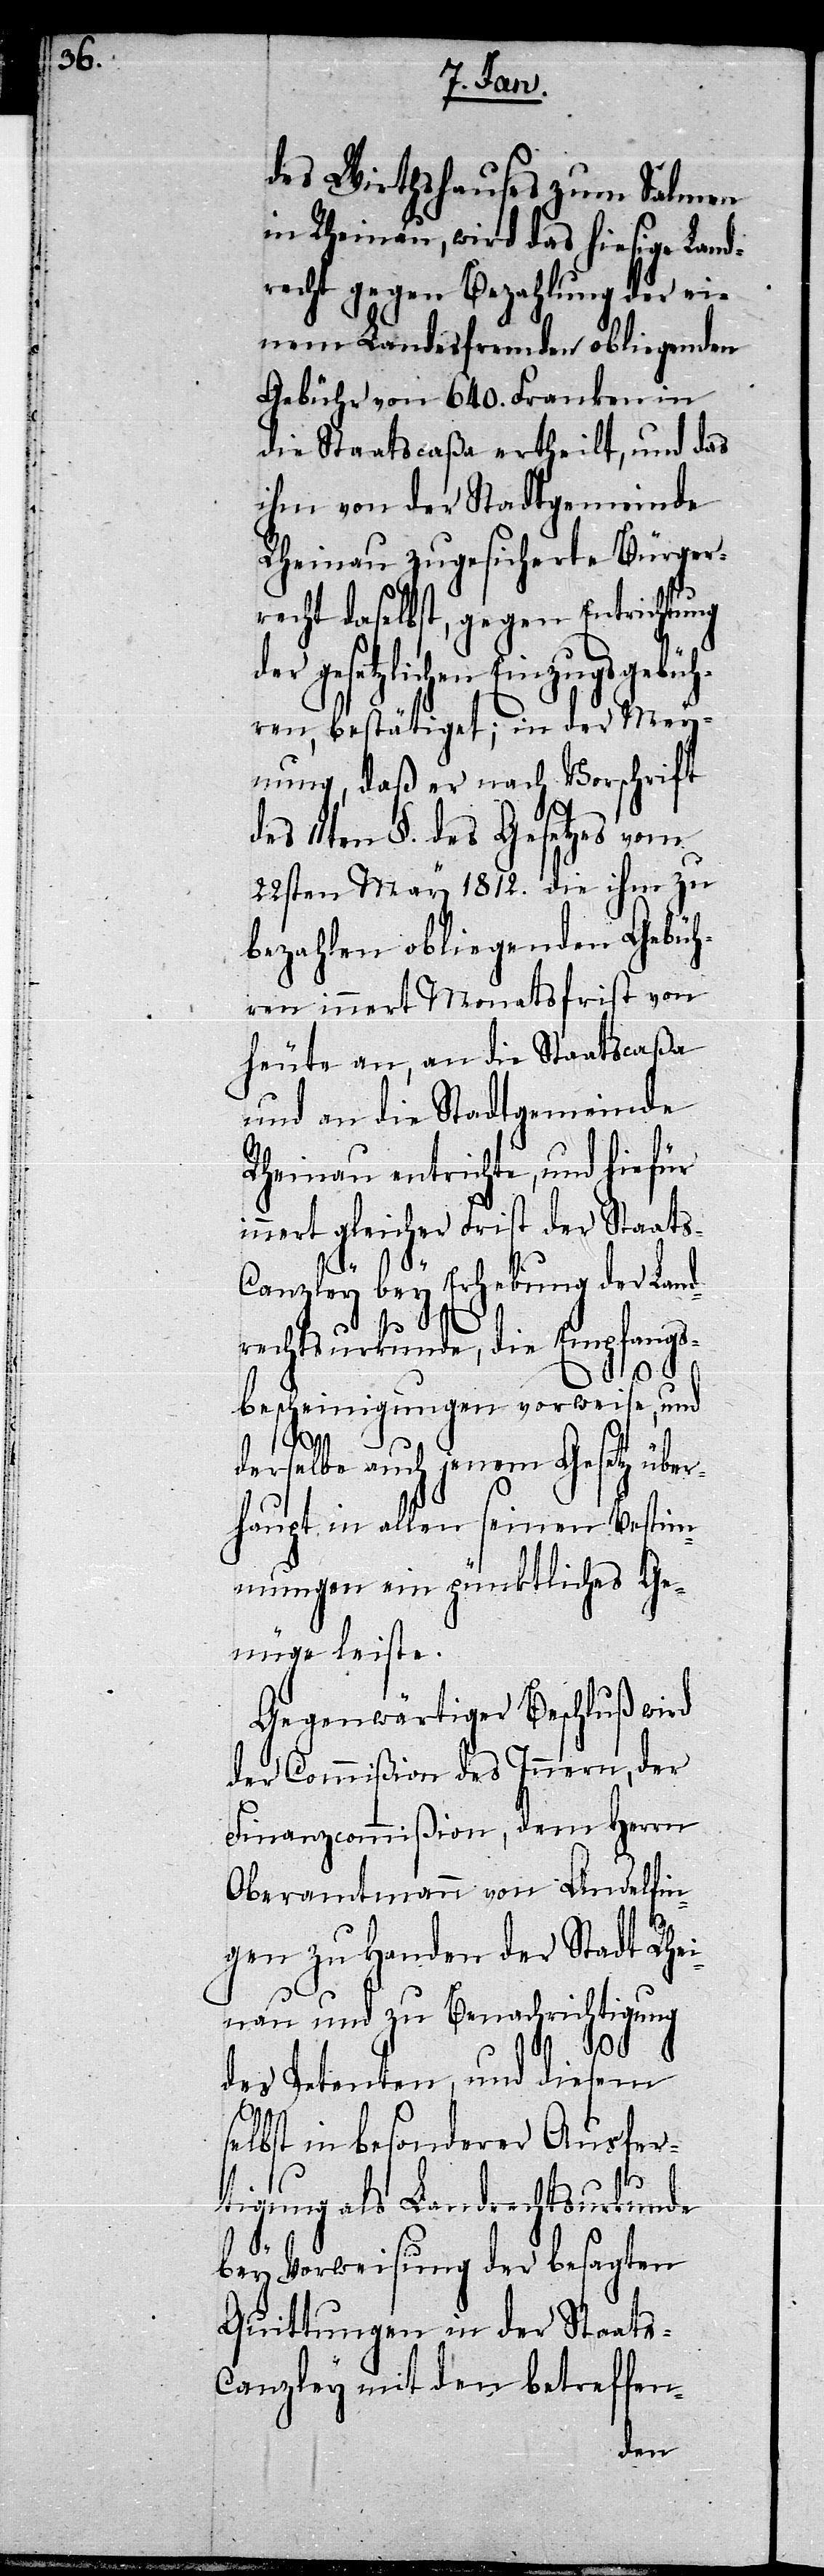
des Wirthshauses zum Salmen
in Rheinau, wird das hiesige Land¬
recht gegen Bezahlung der ei¬
nem Landesfremden obliegenden
Gebühr von 640. Franken in
die Staatscaßa ertheilt, und das
ihm von der Stadtgemeinde
Rheinau zugesicherte Bürger¬
recht daselbst, gegen Entrichtung
der gesetzlichen Einzugsgebüh¬
ren, bestätiget; in der Mey¬
nung, daß er nach Vorschrift
11ten §. des Gesetzes vom
22sten May 1812. die ihm zu
bezahlen obliegenden Gebüh¬
ren innert Monatsfrist von
heute an, an die Staatscaßa
und an die Stadtgemeinde
Rheinau entrichte, und hiefür
nert gleicher Frist der Staat¬
anzley bey Erhebung der Land¬
rechtsurkunde, die Empfangs¬
s¬
bescheinigungen vorweise, und
s-C¬
derselbe auch jenem Gesetz über¬
haupt in allen seinen Bestim¬
mungen ein pünktliches Ge¬
nüge leiste.
Gegenwärtiger Beschluß wird
der Commißion des Innern, der
Finanzcommißion, dem Herrn
Oberamtmann von Andelfin¬
gen zu Handen der Stadt Rhei¬
nau und zu Benachrichtigung
des Petenten, und diesem
elbst in besonderer Ausfer¬
tigung als Landrechtsurkunde
bey Vorweisung der besagten
Quittungen in der Staat¬
s-Canzley mit den betreffen-